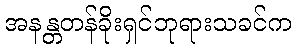
အနန္တတန်ခိုးရှင်ဘုရားသခင်က